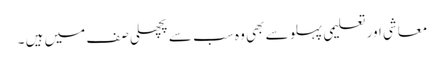
معاشی اور تعلیمی پہلو سے بھی وہ سب سے پچھلی صف میں ہیں ۔